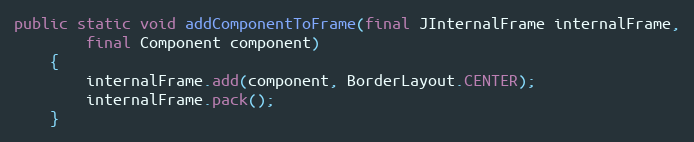
Language: Java
public static void addComponentToFrame(final JInternalFrame internalFrame,
		final Component component)
	{
		internalFrame.add(component, BorderLayout.CENTER);
		internalFrame.pack();
	}